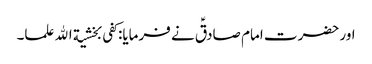
اور حضرت امام صادقؑ نے فرمایا:کفی بخشیة الله علما۔